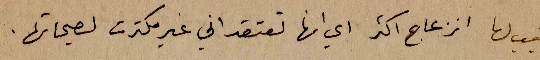
تسَبب لها انزعاج اكثر ان انها تعتقد اني غير مكترث لصيحاتها.